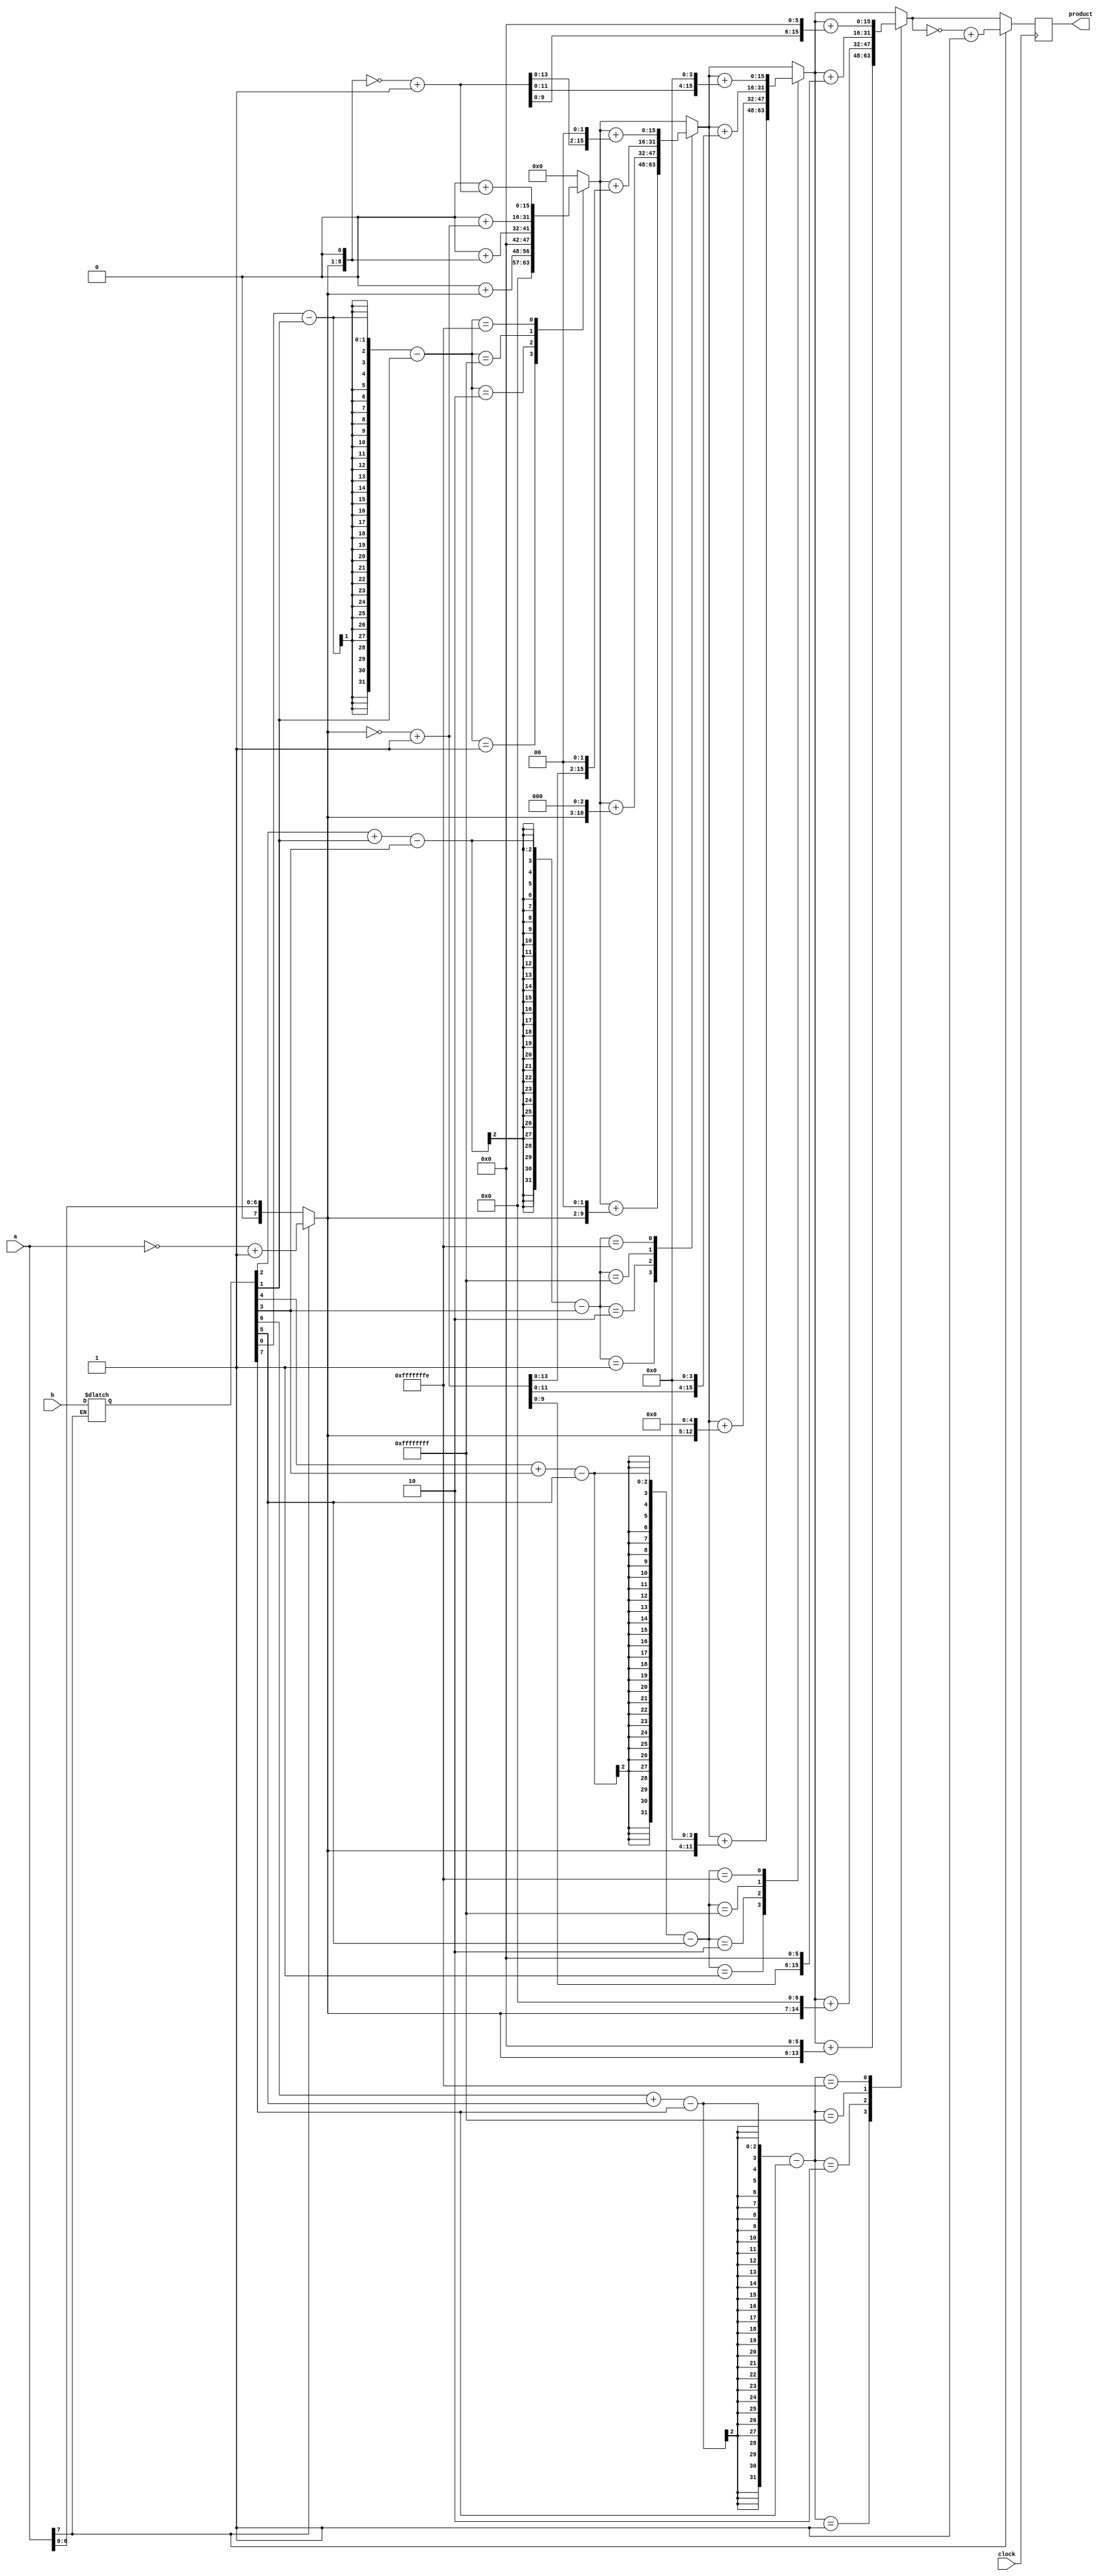
module Booth_Multiply(product,a,b,clock);
output reg [15:0]product;
input [7:0]a,b;
reg [7:0]a1,b1;
input clock;
reg [15:0] answer;

integer i;
integer operate;

initial
	begin
		product = 16'b0;
		answer  = 16'b0;
	end
	
always @(*)
	begin
		if(a[7]==1'b1)
			a1 = ~a + 1;
		else
			begin
				a1 = a;
				b1 = b;
			end
	end
	
always @ (negedge clock)
	begin 
		product = 16'b0;
		
		// This loop runs four times for values i = 1,3,5,7
		for(i=1;i<=7;i=i+2)
			begin
				if(i==1) // only for first three bits and i=1
					operate = b1[0]-b1[1]-b1[1];
					
				else // for other bits and i= 3,5,7
					operate = b1[i-1]+b1[i-2]-b1[i]-b1[i];
					
				// According to 4 values of operate. (1,2,-1,-2)
				case(operate)
					1:
						begin
							answer  = a1;
							answer  = answer << (i-1);
							product = product + answer;
						end
					2:
						begin
							answer  = a1 << 1;
							answer  = answer << (i-1);
							product = product + answer;
						end
					-1:
						begin
							answer  = ~a1+1;
							answer  = answer << (i-1);
							product = product + answer;
						end
					-2:
						begin
							answer  = a1 << 1;
							answer  = ~answer + 1;
							answer  = answer << (i-1);
							product = product + answer;
						end
				endcase
			end
		if(a[7]==1'b1)
			product = ~product +1;
	end
endmodule